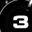
Digit: 3